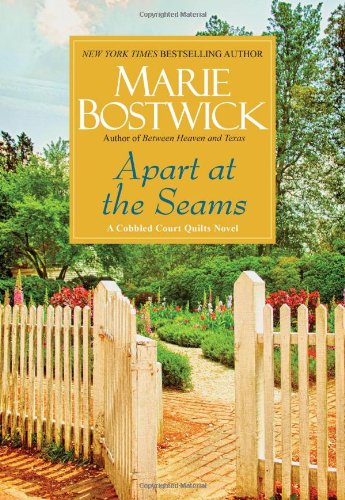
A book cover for Apart at the Seams (Cobbled Court Quilts); Marie Bostwick; Literature & Fiction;